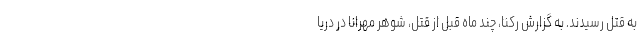
به قتل رسیدند. به گزارش رکنا، چند ماه قبل از قتل، شوهر مهرانا در دریا